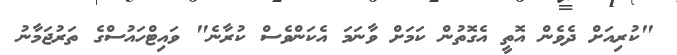
"ކުރިއަށް ދެވެން އޮތީ އެގޮތުން ކަމަށް ވާނަމަ އެކަންވެސް ކުރާނެ" ވައިޓްހައުސްގެ ތަރުޖަމާނު